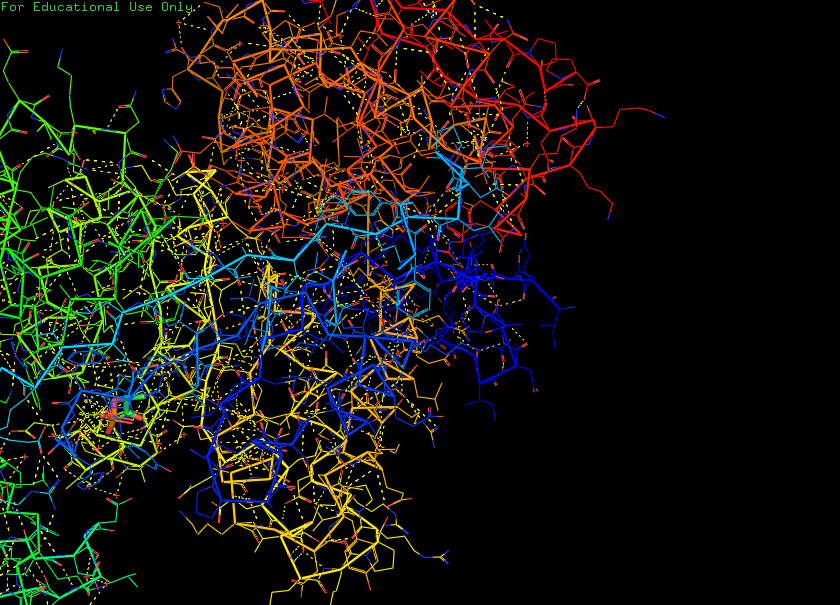
pymol, preset, technical